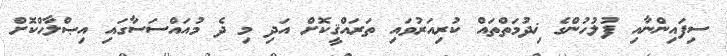
ސިފައިންނާއި ފުލުހުންގެ ޚިދުމަތްތައް ކުރިއަރުވައި ތަރައްޤީކޮށް އަދި މި ދެ މުއައްސަސާގައި އިޞްލާޙްކޮށް